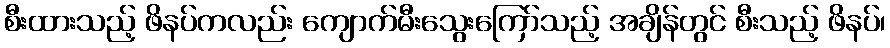
စီးထားသည့် ဖိနပ်ကလည်း ကျောက်မီးသွေးကြော်သည့် အချိန်တွင် စီးသည့် ဖိနပ်၊